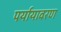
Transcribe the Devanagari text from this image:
पर्यायावरण